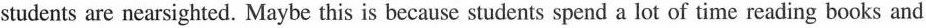
students are nearsighted. Maybe this is because students spend a lot of time reading books and